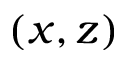
( x , z )